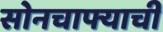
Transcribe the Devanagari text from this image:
सोनचाफ्याची